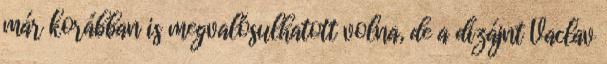
már korábban is megvalósulhatott volna, de a dizájnt Vaclav